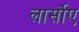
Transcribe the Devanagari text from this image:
लार्सोए